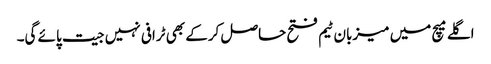
اگلے میچ میں میزبان ٹیم فتح حاصل کرکے بھی ٹرافی نہیں جیت پائے گی۔